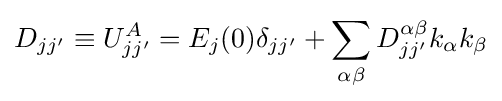
D_{jj'}\equiv U_{jj'}^{A}=E_{j}(0)\delta _{jj'}+\sum _{\alpha \beta }D_{jj'}^{\alpha \beta }k_{\alpha }k_{\beta }